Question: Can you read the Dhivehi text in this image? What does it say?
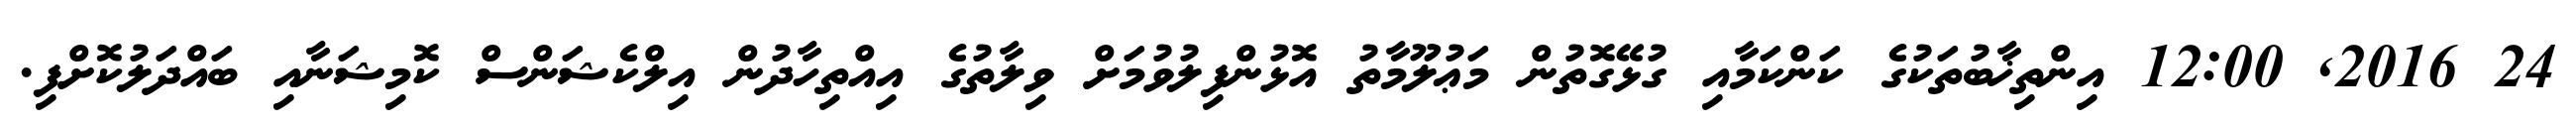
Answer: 24 2016, 12:00 އިންތިޚާބުތަކުގެ ކަންކަމާއި ގުޅޭގޮތުން މަޢުލޫމާތު އޮޅުންފިލުވުމަށް ވިލާތުގެ އިއްތިހާދުން އިލްކެޝަންސް ކޮމިޝަނާއި ބައްދަލުކޮށްފި.